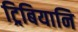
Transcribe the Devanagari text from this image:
ट्रिबियानि